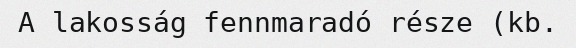
A lakosság fennmaradó része (kb.